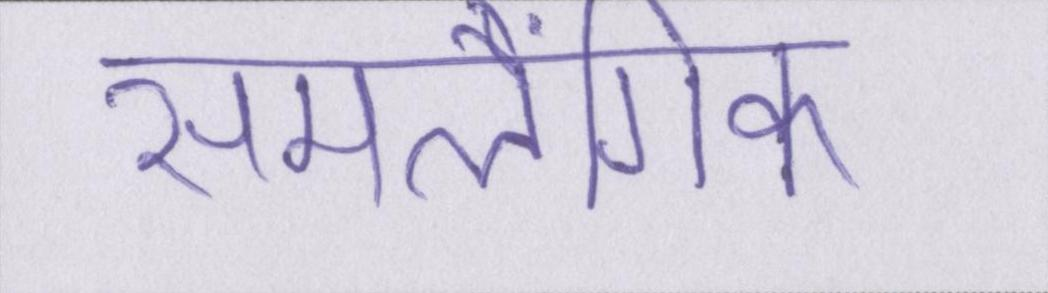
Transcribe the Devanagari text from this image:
समलैंगिक